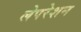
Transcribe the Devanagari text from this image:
लेपरेशन